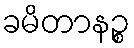
ခမိတာနဉ္စ